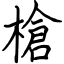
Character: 槍